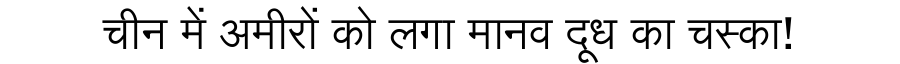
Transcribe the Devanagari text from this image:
चीन में अमीरों को लगा मानव दूध का चस्का!